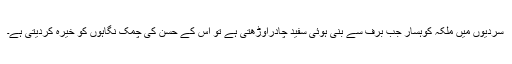
سردیوں میں ملکہ کوہسار جب برف سے بنی ہوئی سفید چادراوڑھتی ہے تو اس کے حسن کی چمک نگاہوں کو خیرہ کردیتی ہے۔